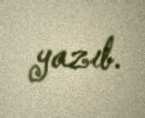
yazıb.